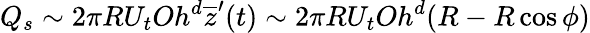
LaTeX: Q_{s}\sim 2\pi RU_{t}Oh^{d}\overline{{z}}^{\prime}(t)\sim 2\pi RU_{t}Oh^{d}(R-R\cos\phi)